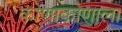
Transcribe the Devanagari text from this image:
कोणाकोणाला